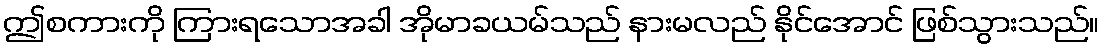
ဤစကားကို ကြားရသောအခါ အိုမာခယမ်သည် နားမလည် နိုင်အောင် ဖြစ်သွားသည်။